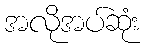
အလိုအပ်ဆုံး